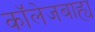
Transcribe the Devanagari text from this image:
कॉलेजबाह्य